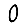
Digit: 0